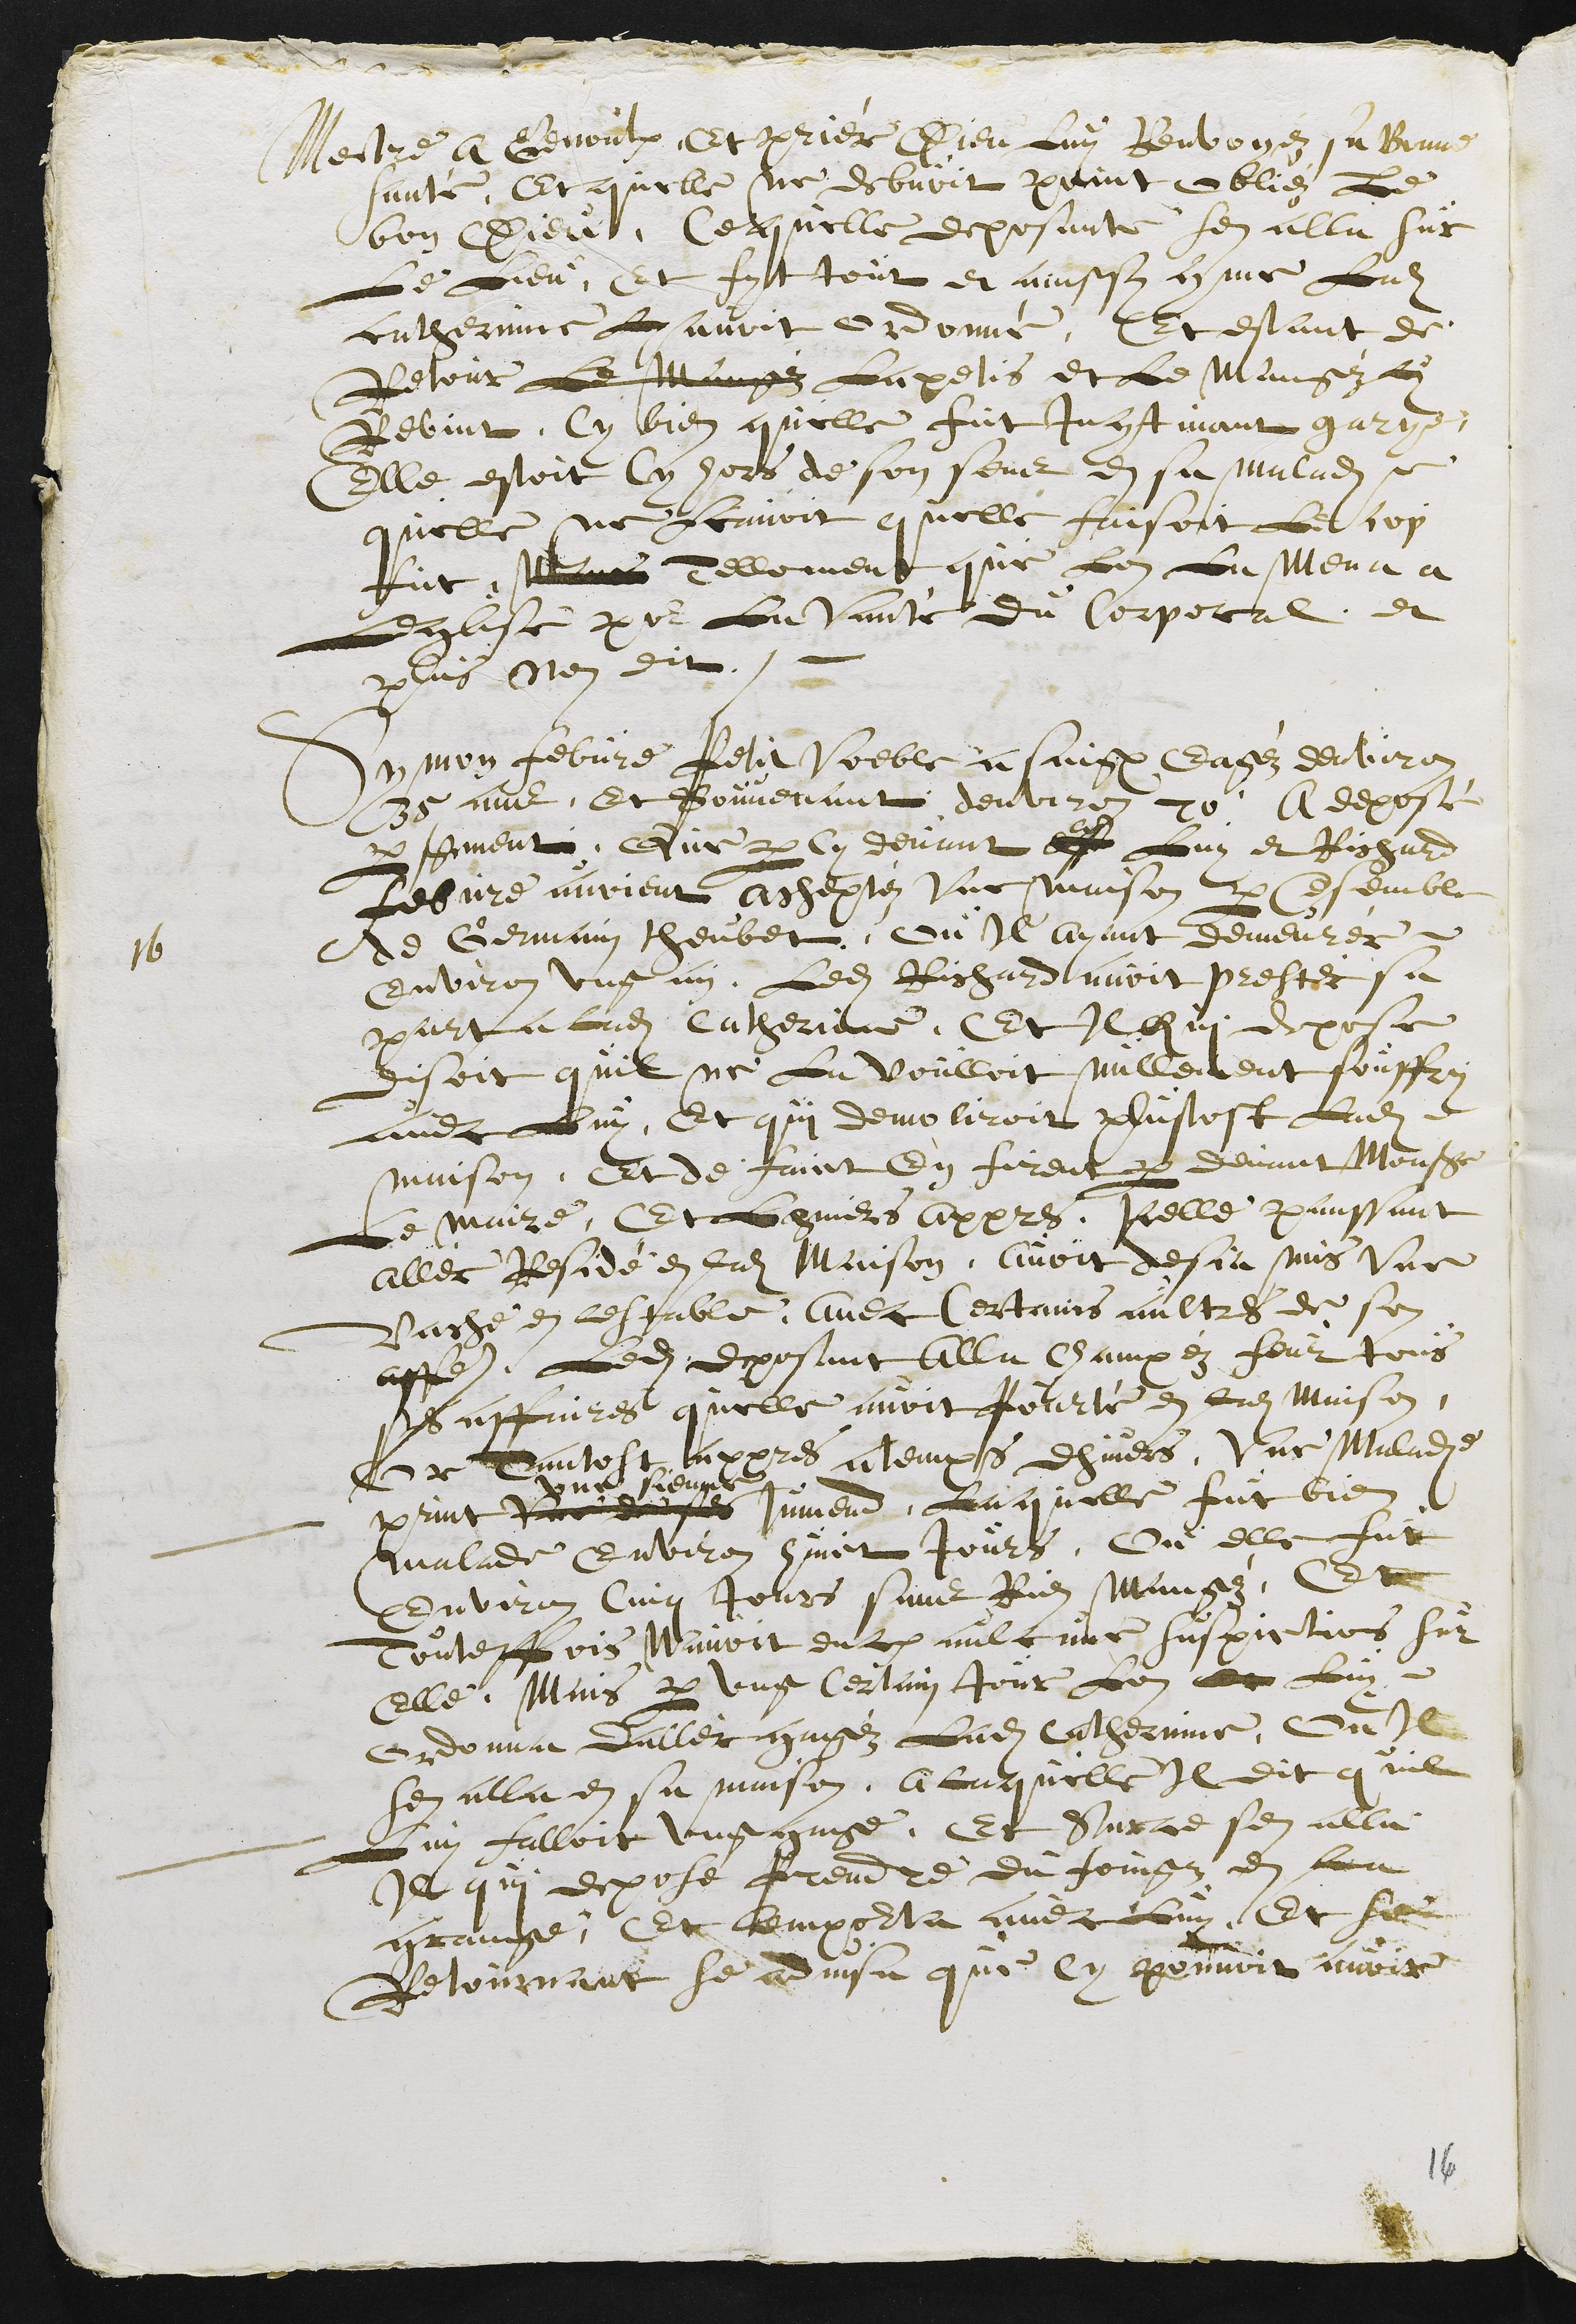
Mectre a Genoulx Et priér Dieu Luy Renvoyez sa Bonne
santé, Et quelle ne debvoit point obliéz Le
bon Dieu. Ce quelle deposante sen alla sur
Le Lieu, Et fyt tout et ainssy comme Ladite
catherinne Luy avoit ordonné, Et estant de
Retour Le Mangéz Lapetis et Le Mangéz
Revint, Cy bien quelle fut Incontinant garye.
Elle estoit Cy hors de son sens en sa maladie
quelle ne scavoit quelle faisoit Le cop
fut Maes Tellement que Lon La Mena a
Leglise pour La Vanté du Corporal, et
plus nen dit.
16
Symon Febvre Petit Voeble a Saignelégier Eagéz denviron
35 ans, Et Souvenant denviron 20 A deposé
par serment, Que par Cy devant ??? Luy et Richard
Febvre avoient acheptéz Une maison par ensemble
de Gemain theubet, Ou Il ayant demeurér
environ ung an, Ledit Richard avoit prester sa
part a ladite Catherinne, Et Il Qui depose
disoit quil ne La voulloit nullement souffry
avec Luy, Et qui demoliroit plustost Ladite
maison. Et de faict en firent par devant Monsieur
Le maire, Et Lhivers appres, Icelle panssant
allér Residé en ladite Maison, avoit desja mis Une
Vache en lestable, avec Certains aultres de son
affaires. Ledit deposant alla Champéz feur tous
ses affaires quelle avoit pourté en ladite maison,
Or, Tantost appres a temps dhivers, Une Maladie
print Une de ses
une sienne
Jumend, Laquelle fut bien
malade Environ huict Jours, Ou elle fut
Environ Cinq Jours sans Rien mangéz, Et
Touteffois navoit encore aulcune suspictions sur
Elle. Mais par ung Certain Jour Lon ?? Luy
ordonna dallér gagéz Ladite Catherinne, Ou Il
sen alla en sa maison, a laquelle Il dit quil
Luy falloit ung gage. Et Sur ce sen alla
Il qui depose Prendre du foingz en la
grange, Et lempourta avec Luy, Et se
Retournant se advisa que Cy pouvoit avoir